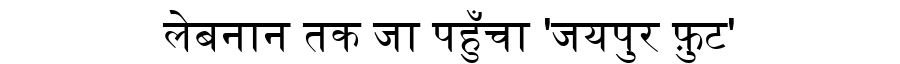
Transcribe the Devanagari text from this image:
लेबनान तक जा पहुँचा 'जयपुर फ़ुट'